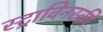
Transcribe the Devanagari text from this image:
स्ट्राविनस्की